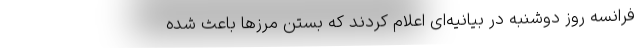
فرانسه روز دوشنبه در بیانیه‌ای اعلام کردند که بستن مرزها باعث شده